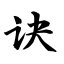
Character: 诀